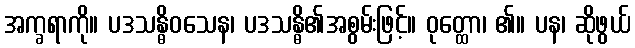
အက္ခရာကို။ ပဒသန္ဓိဝသေန၊ ပဒသန္ဓိ၏အစွမ်းဖြင့်။ ဝုတ္ထော၊ ၏။ ပန၊ ဆိုဖွယ်